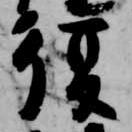
復